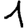
Digit: 1